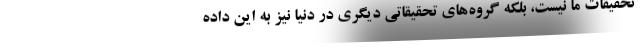
تحقیقات ما نیست، بلکه گروه‌های تحقیقاتی دیگری در دنیا نیز به این داده